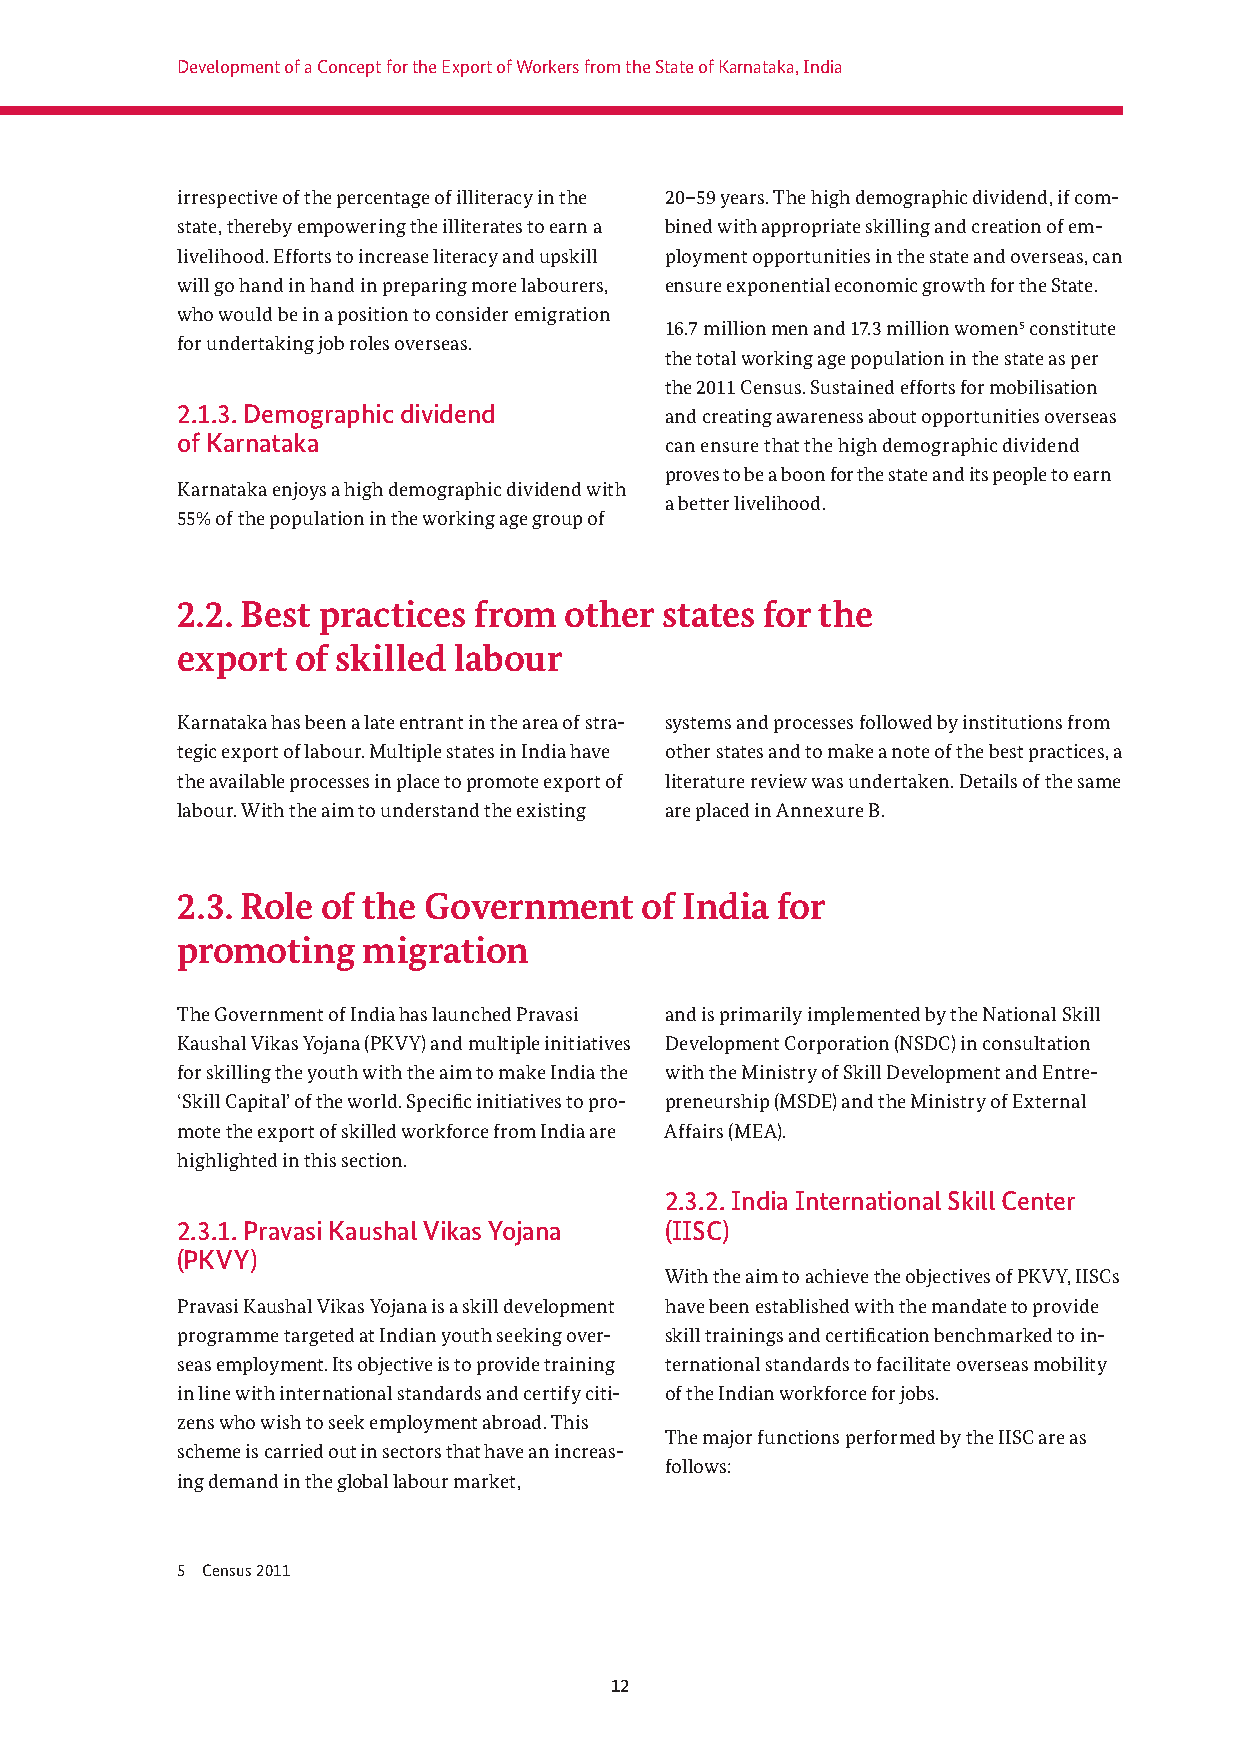
Development of a Concept for the Export of Workers from the State of Karnataka, India
 irrespective of the percentage of illiteracy in the 20–59 years. The high demographic dividend, if com-
 state, thereby empowering the illiterates to earn a bined with appropriate skilling and creation of em-
 livelihood. Efforts to increase literacy and upskill ployment opportunities in the state and overseas, can
 will go hand in hand in preparing more labourers, ensure exponential economic growth for the State.
 who would be in a position to consider emigration
 16.7 million men and 17.3 million women5 constitute
 for u ndertaking job roles overseas.
 the total working age population in the state as per
 the 2011 Census. Sustained efforts for mobilisation
 2.1.3. Demographic dividend     and creating awareness about opportunities overseas
 of Karnataka                    can ensure that the high demographic dividend
 proves to be a boon for the state and its people to earn
 Karnataka enjoys a high demographic dividend with
 a better livelihood.
 55% of the population in the working age group of
 2.2. Best practices from other  states for the
 export  of skilled labour
 Karnataka has been a late entrant in the area of stra- systems and processes followed by institutions from
 tegic export of labour. Multiple states in India have other states and to make a note of the best practices, a
 the available processes in place to promote export of literature review was undertaken. Details of the same
 labour. With the aim to understand the existing are placed in Annexure B.
 2.3. Role of the Government   of India for
 promoting   migration
 The Government of India has launched Pravasi and is primarily implemented by the National Skill
 Kaushal Vikas Yojana (PKVY) and multiple initiatives Development Corporation (NSDC) in consultation
 for skilling the youth with the aim to make India the with the Ministry of Skill Development and Entre-
 ‘Skill Capital’ of the world. Specifi c initiatives to pro- preneurship (MSDE) and the Ministry of External
 mote the export of skilled workforce from India are Affairs (MEA).
 highlighted in this section.
 2.3.2. India International Skill Center
 2.3.1. Pravasi Kaushal Vikas Yojana (IISC)
 (PKVY)
 With the aim to achieve the objectives of PKVY, IISCs
 Pravasi Kaushal Vikas Yojana is a skill development have been established with the mandate to provide
 programme targeted at Indian youth seeking over- skill trainings and certifi cation benchmarked to in-
 seas employment. Its objective is to provide training ternational standards to facilitate overseas mobility
 in line with international standards and certify citi- of the Indian workforce for jobs.
 zens who wish to seek employment abroad. This
 The major functions performed by the IISC are as
 scheme is carried out in sectors that have an increas-
 follows:
 ing demand in the global labour market,
 5 Census 2011
 12